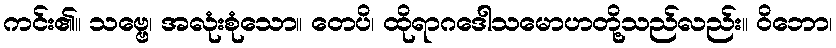
ကင်း၏။ သဗ္ဗေ၊ အလုံးစုံသော။ တေပိ၊ ထိုရာဂဒေါသမောဟတို့သည်လည်း။ ဝိဘော၊